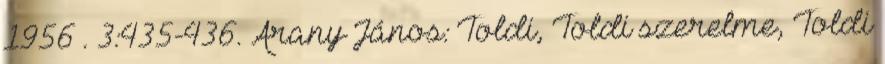
1956 . 3:435-436. Arany János: Toldi, Toldi szerelme, Toldi